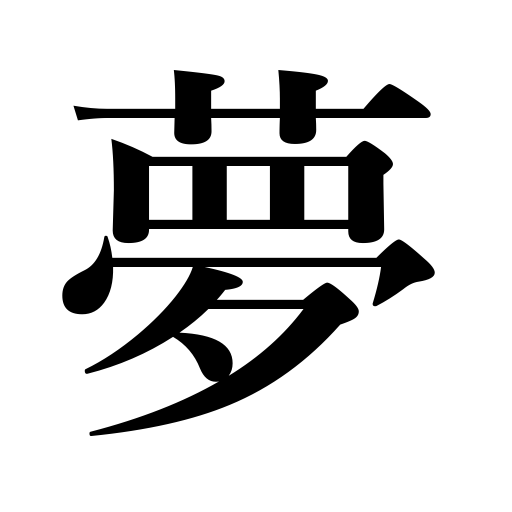
Meanings: vision,illusion,delusion,dream,reverie